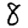
Digit: 8